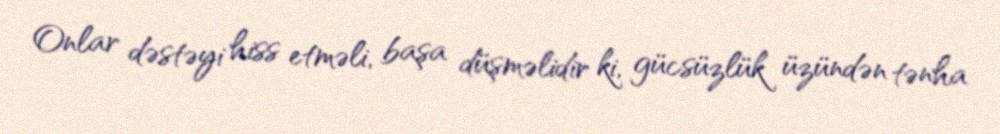
Onlar dəstəyi hiss etməli, başa düşməlidir ki, gücsüzlük üzündən tənha